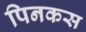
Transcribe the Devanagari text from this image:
पिनकस